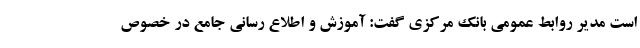
است مدیر روابط عمومی بانک مرکزی گفت: آموزش و اطلاع رسانی جامع در خصوص